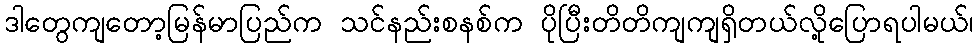
ဒါတွေကျတော့မြန်မာပြည်က သင်နည်းစနစ်က ပိုပြီးတိတိကျကျရှိတယ်လို့ပြောရပါမယ်၊